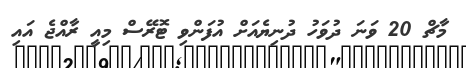
މާޗް 20 ވަނަ ދުވަހު ދުނިޔެއަށް އުފަންވި ޓޮރޭސް މިއީ ރާއްޖެ އައި